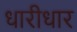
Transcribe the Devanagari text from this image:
धारीधार